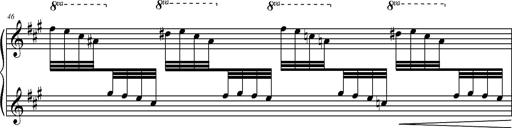
Title: 2 LÃ©gendes
Composer: Franz Liszt